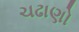
ચઢાણો